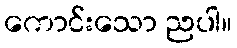
ကောင်းသော ညပါ။